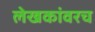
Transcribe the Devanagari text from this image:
लेखकांवरच